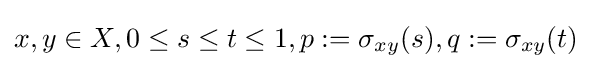
x,y\in X,0\leq s\leq t\leq 1,p:=\sigma _{xy}(s),q:=\sigma _{xy}(t)